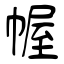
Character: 幄